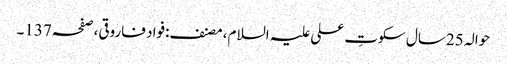
حوالہ 25سال سکوتِ علی علیہ السلام، مصنف:فواد فاروقی،صفحہ137۔